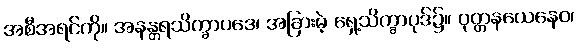
အစီအရင်ကို။ အနန္တရသိက္ခာပဒေ၊ အခြားမဲ့ ရှေ့သိက္ခာပုဒ်၌။ ဝုတ္တနယေနေဝ၊